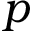
p